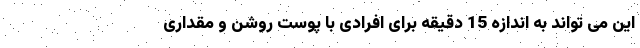
این می تواند به اندازه 15 دقیقه برای افرادی با پوست روشن و مقداری